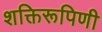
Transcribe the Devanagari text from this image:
शक्तिरूपिणी